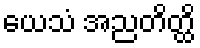
ယေသံ အညတိတ္ထိ